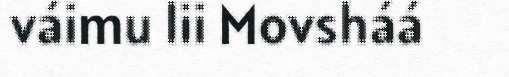
váimu lii Movsháá